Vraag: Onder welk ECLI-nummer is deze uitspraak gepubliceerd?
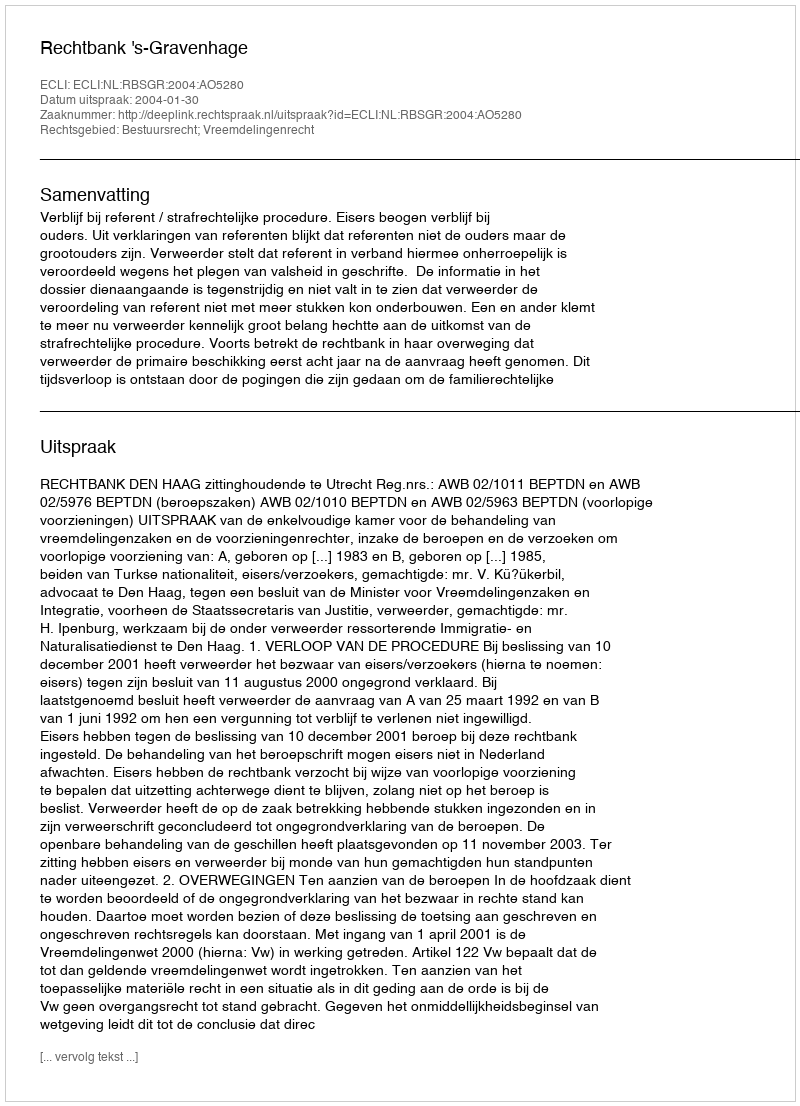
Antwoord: ECLI:NL:RBSGR:2004:AO5280